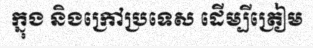
ក្នុង និងក្រៅប្រទេស ដើម្បីត្រៀម